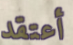
أعتقد